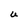
Character: U